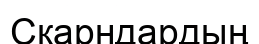
Скарндардың